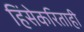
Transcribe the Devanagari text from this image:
हिंसेकरिताही